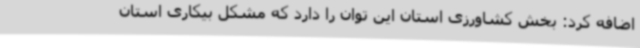
اضافه کرد: بخش کشاورزی استان این توان را دارد که مشکل بیکاری استان